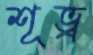
শূভ্র